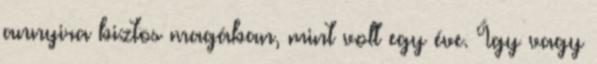
annyira biztos magában, mint volt egy éve. Így vagy